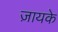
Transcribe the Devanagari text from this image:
ज़ायके